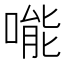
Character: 𠹌